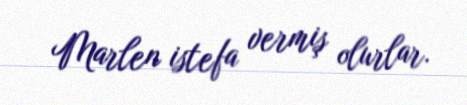
Marlen istefa vermiş olurlar.